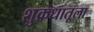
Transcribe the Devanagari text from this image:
शुक्रधातूला